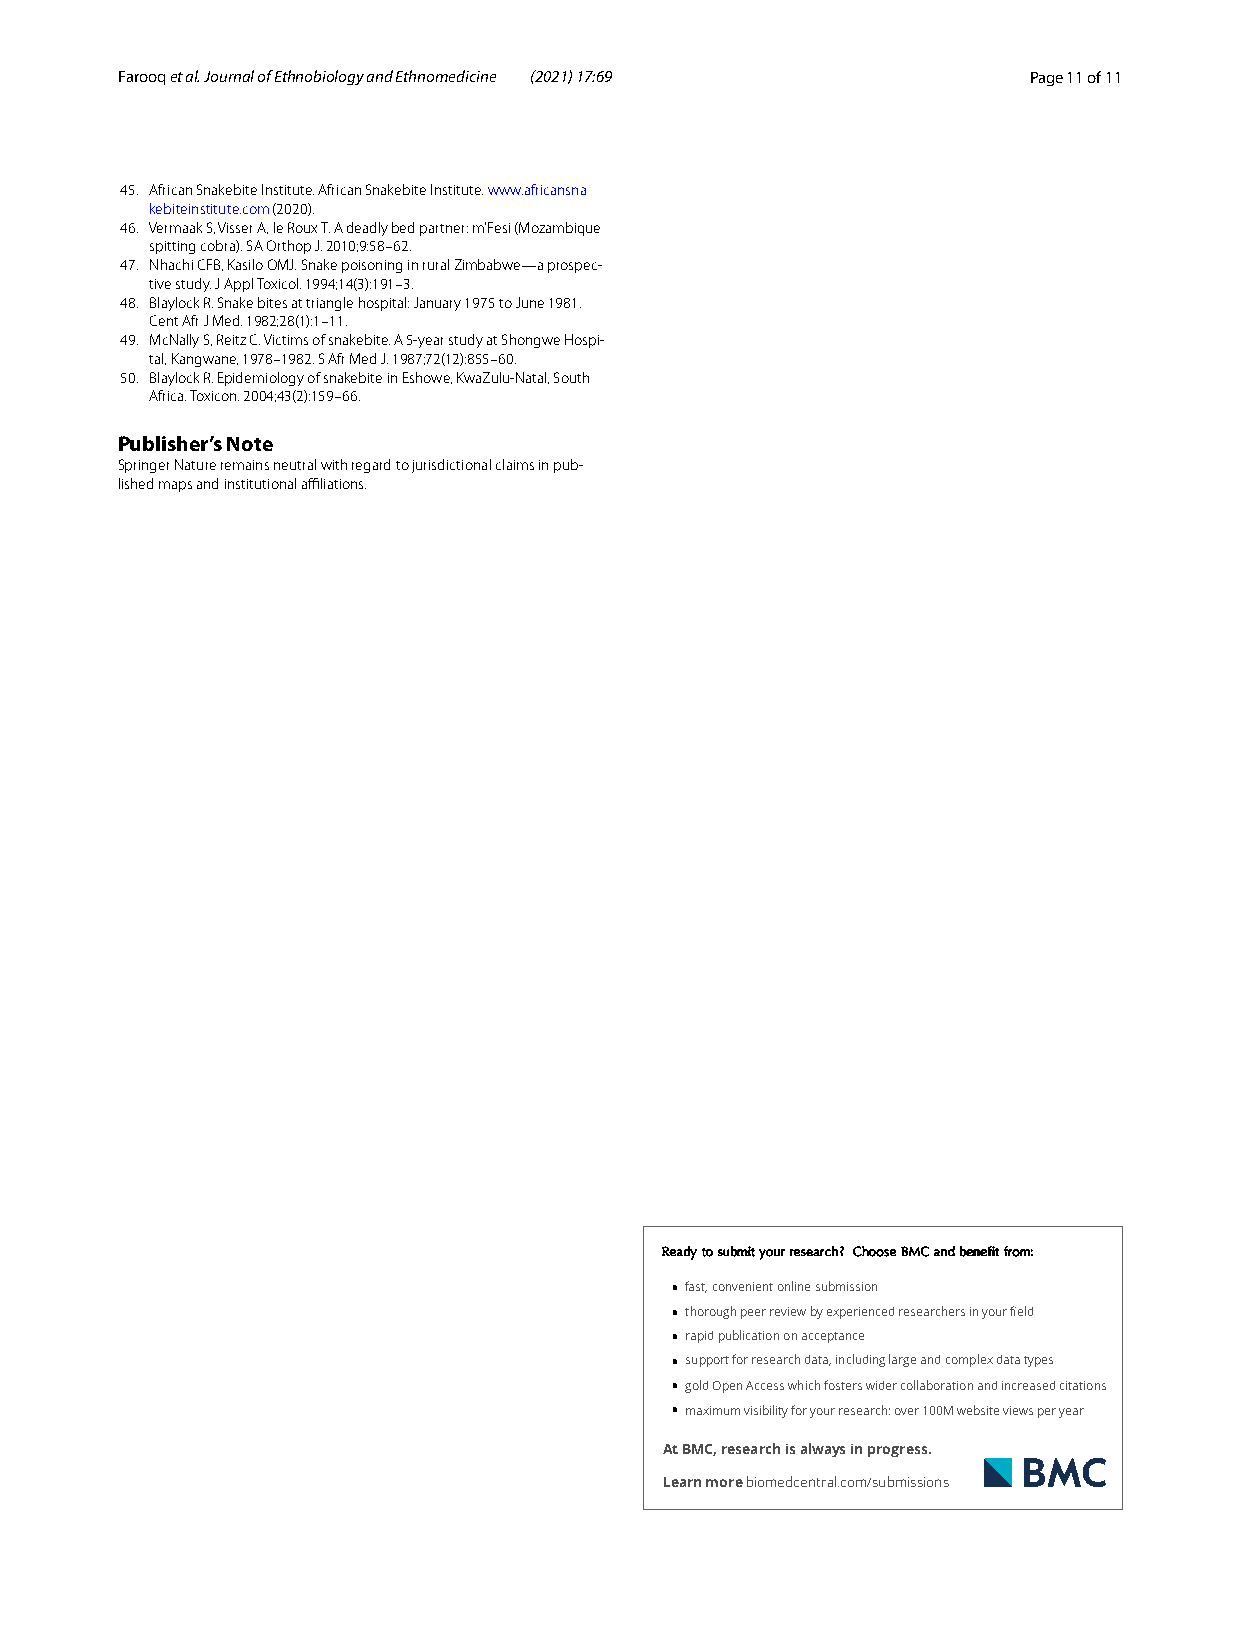
F arooq et al. Journal of Ethnobiology and Ethnomedicine (2021) 17:69 Page 11 of 11
 45. African Snakebite Institute. African Snakebite Institute. www. afric ansna
 kebit einst itute. com (2020).
 46. Vermaak S, Visser A, le Roux T. A deadly bed partner: m’Fesi (Mozambique
 spitting cobra). SA Orthop J. 2010;9:58–62.
 47. Nhachi CFB, Kasilo OMJ. Snake poisoning in rural Zimbabwe—a prospec-
 tive study. J Appl Toxicol. 1994;14(3):191–3.
 48. Blaylock R. Snake bites at triangle hospital: January 1975 to June 1981.
 Cent Afr J Med. 1982;28(1):1–11.
 49. McNally S, Reitz C. Victims of snakebite. A 5-year study at Shongwe Hospi-
 tal, Kangwane, 1978–1982. S Afr Med J. 1987;72(12):855–60.
 50. Blaylock R. Epidemiology of snakebite in Eshowe, KwaZulu-Natal, South
 Africa. Toxicon. 2004;43(2):159–66.
 Publisher’s Note
 Springer Nature remains neutral with regard to jurisdictional claims in pub-
 lished maps and institutional affiliations.
 RReeaaddyy ttoo ssuubbmmiitt yyoouurr rreesseeaarrcchh ?? CChhoooossee BBMMCC aanndd bbeenneeffiitt ffrroomm::
 • fast, convenient online submission
 • thorough peer review by experienced rese archers in your field
 • rapid publication on acceptance
 • support for research data, including large and complex data types
 • gold Open Access which fosters wider collaboration and increased citations
 • maximum visibility for your research: over 100M website views per year
 At BMC, research is always in progress.
 Learn more biomedcentral.com/submissions